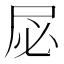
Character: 𫵘